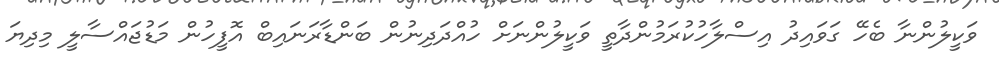
ވަކީލުންނާ ބެހޭ ގަވައިދު އިސްލާހުކުރަމުންދާތީ ވަކީލުންނަށް ހުއްދަދިނުން ބަންޑާރަނައިބް އޮފީހުން މަޑުޖައްސާލީ މިދިޔަ